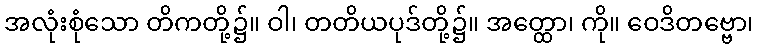
အလုံးစုံသော တိကတို့၌။ ဝါ၊ တတိယပုဒ်တို့၌။ အတ္ထော၊ ကို။ ဝေဒိတဗ္ဗော၊